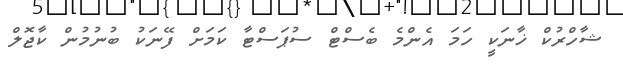
ޝާހްރުކް ޚާނަކީ ހަމަ އެންމެ ބެސްޓް ސުޕަސްޓާ ކަމަށް ފޭނަކު ބުނުމުން ކާޖޮލް